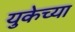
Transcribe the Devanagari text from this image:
युकेच्या